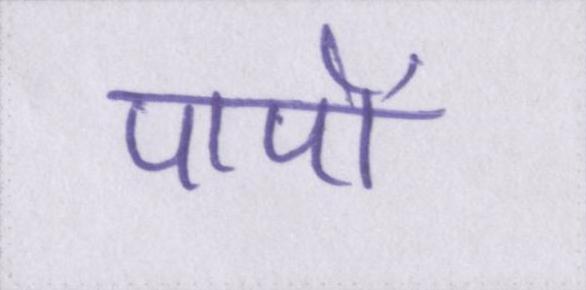
पापों